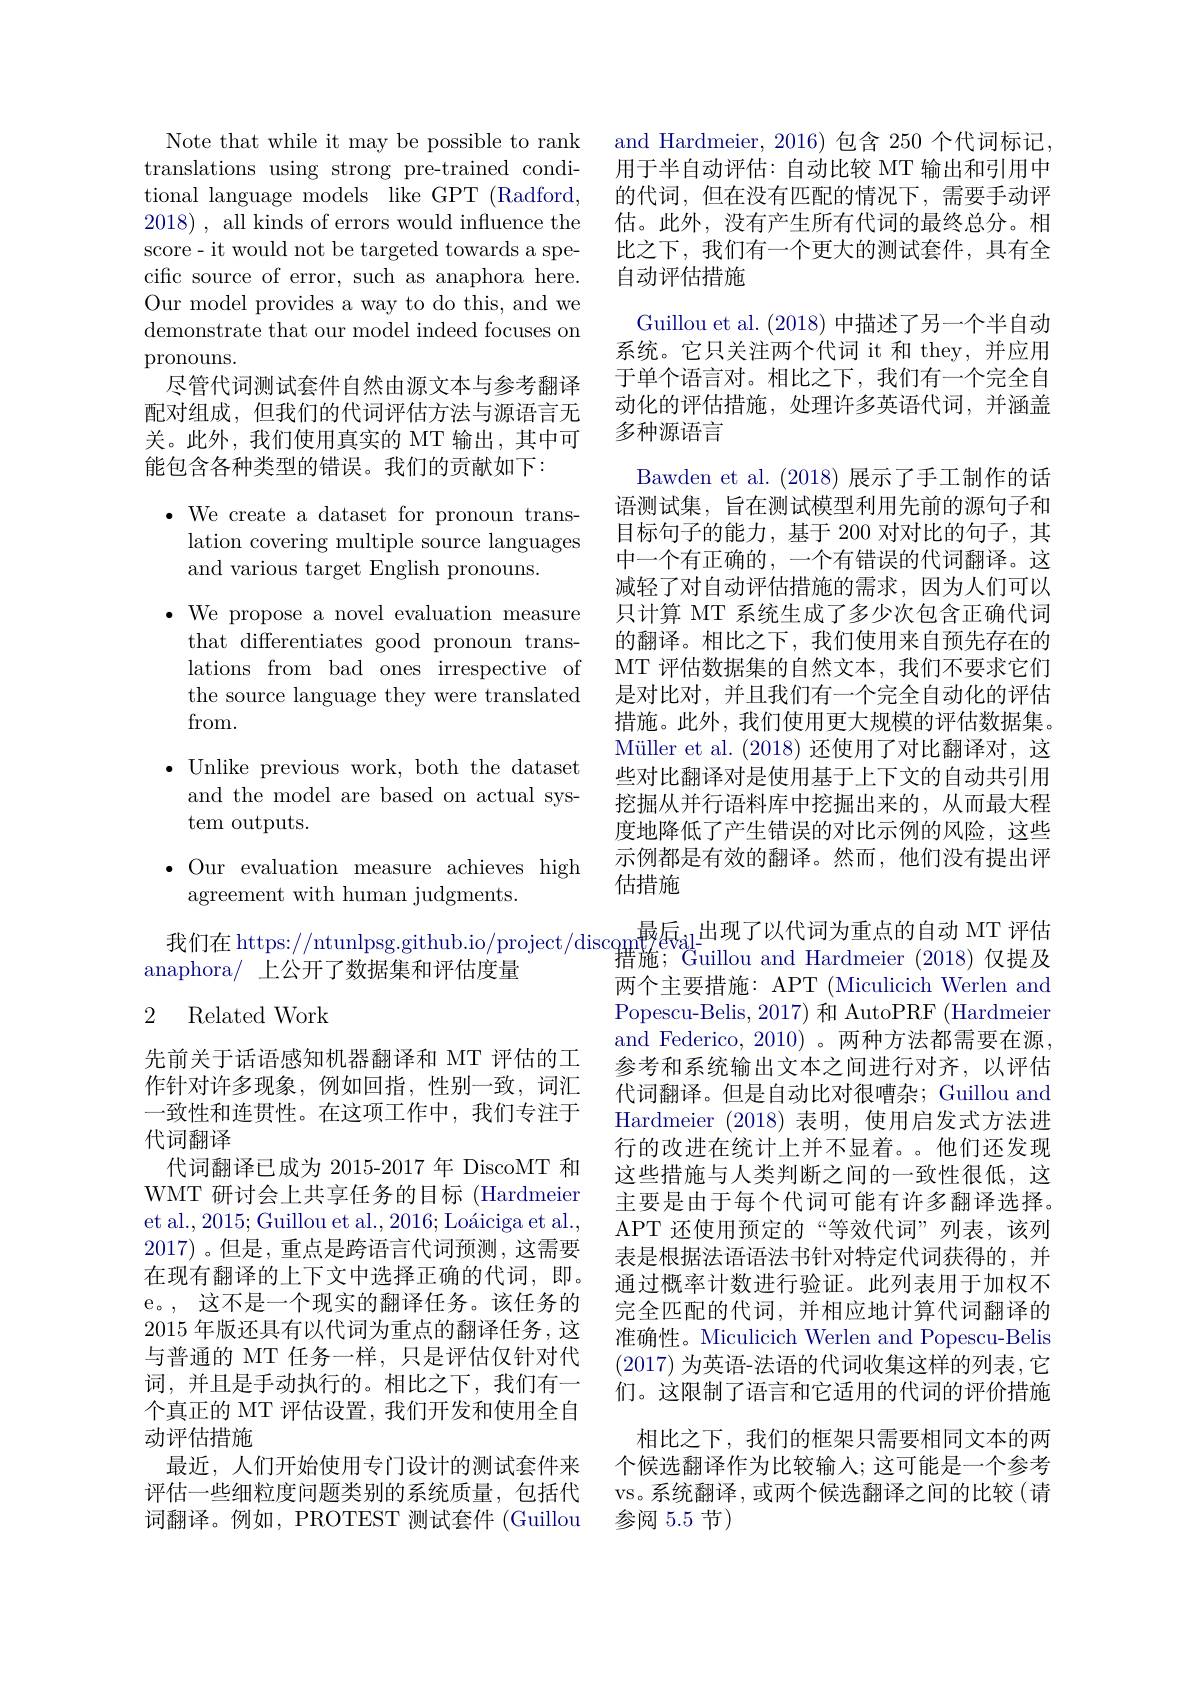
Note that while it may be possible to rank translations using strong pre-trained conditional language models like GPT (Radford, 2018), all kinds of errors would influence the score- it would not be targeted towards a specific source of error, such as anaphora here. Our model provides a way to do this, and we demonstrate that our model indeed focuses on pronouns.
尽管代词测试套件自然由源文本与参考翻译配对组成，但我们的代词评估方法与源语言无关。此外，我们使用真实的 MT 输出，其中可能包含各种类型的错误。我们的贡献如下：

$\bullet$ We create a dataset for pronoun trans-
lation covering multiple source languages
and various target English pronouns.
$\bullet$ We propose a novel evaluation measure
that differentiates good pronoun translations from bad ones irrespective of the source language they were translated from.
$\bullet$ Unlike previous work, both the dataset
and the model are based on actual sys-
tem outputs.
$\bullet$ Our evaluation measure achieves high

and Hardmeier, 2016) 包含 250 个代词标记， 用于半自动评估：自动比较 MT 输出和引用中的代词，但在没有匹配的情况下，需要手动评估。此外，没有产生所有代词的最终总分。相比之下，我们有一个更大的测试套件，具有全自动评估措施
Guillou et al. (2018) 中描述了另一个半自动系统。它只关注两个代词 it 和 they,并应用于单个语言对。相比之下，我们有一个完全自动化的评估措施，处理许多英语代词，并涵盖多种源语言
Bawden et al. (2018) 展示了手工制作的话语测试集，旨在测试模型利用先前的源句子和目标句子的能力，基于 200 对对比的句子，其中一个有正确的，一个有错误的代词翻译。这减轻了对自动评估措施的需求，因为人们可以只计算 MT 系统生成了多少次包含正确代词的翻译。相比之下，我们使用来自预先存在的MT 评估数据集的自然文本，我们不要求它们是对比对，并且我们有一个完全自动化的评估措施。此外，我们使用更大规模的评估数据集。Müller et al. (2018) 还使用了对比翻译对，这些对比翻译对是使用基于上下文的自动共引用挖掘从并行语料库中挖掘出来的，从而最大程度地降低了产生错误的对比示例的风险，这些示例都是有效的翻译。然而，他们没有提出评估措施
我们在 https://ntunlpsg.github.io/project/discom$_\mathrm{z}\text{最后}_\mathrm{al-1}^{\text{出现了以代词为重点的自动 MT 评估}}$
措施；Guillou and Hardmeier (2018) 仅提及两个主要措施：APT (Miculicich Werlen and Popescu-Belis, 2017) 和 AutoPRF (Hardmeier and Federico, 2010)。两种方法都需要在源， 参考和系统输出文本之间进行对齐，以评估代词翻译。但是自动比对很嘈杂；Guillou and Hardmeier (2018)表明，使用启发式方法进行的改进在统计上并不显着。他们还发现这些措施与人类判断之间的一致性很低，这主要是由于每个代词可能有许多翻译选择。APT 还使用预定的“等效代词”列表，该列表是根据法语语法书针对特定代词获得的，并通过概率计数进行验证。此列表用于加权不完全匹配的代词，并相应地计算代词翻译的准确性。Miculicich Werlen and Popescu-Belis (2017)为英语-法语的代词收集这样的列表，它们。这限制了语言和它适用的代词的评价措施
相比之下，我们的框架只需要相同文本的两个候选翻译作为比较输入；这可能是一个参考vs。系统翻译，或两个候选翻译之间的比较(请参阅 5.5 节)

agreement with human judgments.

anaphora/ 上公开了数据集和评估度量

### 2 Related Work

先前关于话语感知机器翻译和 MT 评估的工作针对许多现象，例如回指，性别一致，词汇一致性和连贯性。在这项工作中，我们专注于代词翻译
代词翻译已成为 2015-2017 年 DiscoMT 和WMT 研讨会上共享任务的目标 (Hardmeier et al., 2015; Guillou et al., 2016; Loáiciga et al., 2017)。但是，重点是跨语言代词预测，这需要在现有翻译的上下文中选择正确的代词，即。e。, 这不是一个现实的翻译任务。该任务的2015年版还具有以代词为重点的翻译任务，这与普通的 MT 任务一样，只是评估仅针对代词，并且是手动执行的。相比之下，我们有一个真正的 MT 评估设置，我们开发和使用全自动评估措施
最近，人们开始使用专门设计的测试套件来评估一些细粒度问题类别的系统质量，包括代词翻译。例如，PROTEST 测试套件 (Guillou